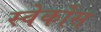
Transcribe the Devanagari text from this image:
स्वेर्कोस